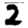
Digit: 2